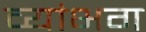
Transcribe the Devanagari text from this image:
व्यांभग